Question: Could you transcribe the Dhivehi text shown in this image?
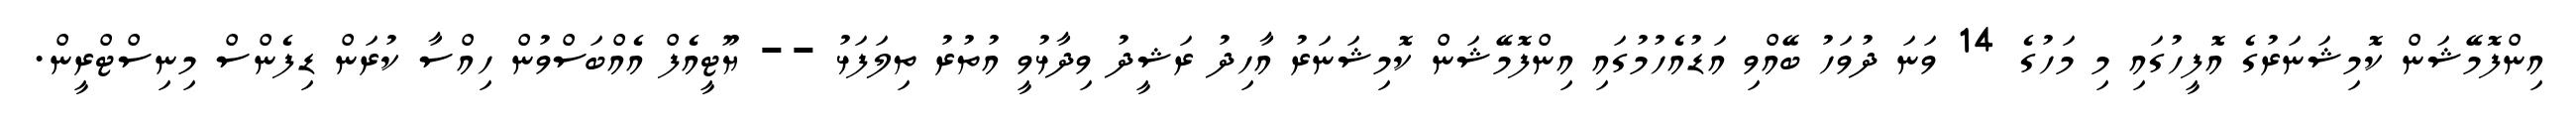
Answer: އިންފޮމޭޝަން ކޮމިޝަނަރުގެ އޮފީހުގައި މި މަހުގެ 14 ވަނަ ދުވަހު ބޭއްވި އަޑުއެހުމުގައި އިންފޮމޭޝަން ކޮމިޝަނަރު އާހިދު ރަޝީދު ވިދާޅުވީ އުތުރު ތިލަފަޅު -- ޔޫޓީއެފް އެއްބަސްވުން ހިއްސާ ކުރަން ޑިފެންސް މިނިސްޓްރީން.